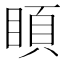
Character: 𥈗